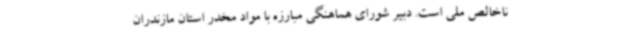
ناخالص ملی است. دبیر شورای هماهنگی مبارزه با مواد مخدر استان مازندران